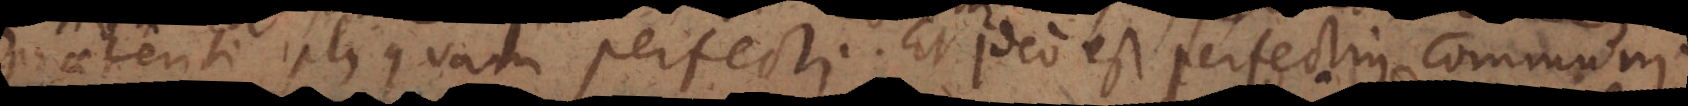
praeteriti plus quam perfecti. Et ideo est perfectius communi